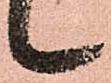
候